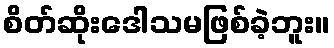
စိတ်ဆိုးဒေါသမဖြစ်ခဲ့ဘူး။